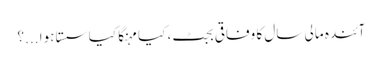
آئندہ مالی سال کا وفاقی بجٹ، کیا مہنگا کیا سستا ہوا ...؟